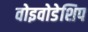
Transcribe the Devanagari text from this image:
वोइवोडेशिप